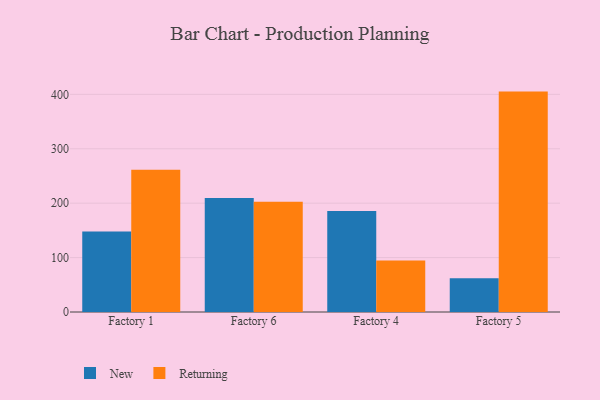
{"axis": {"x": "Factory", "y": "Population (Million)"}, "legend": ["New", "Returning"], "data": [{"x": "Factory 1", "y": 148.0, "type": "New"}, {"x": "Factory 1", "y": 261.3, "type": "Returning"}, {"x": "Factory 6", "y": 209.7, "type": "New"}, {"x": "Factory 6", "y": 202.7, "type": "Returning"}, {"x": "Factory 4", "y": 185.6, "type": "New"}, {"x": "Factory 4", "y": 94.8, "type": "Returning"}, {"x": "Factory 5", "y": 62.1, "type": "New"}, {"x": "Factory 5", "y": 405.1, "type": "Returning"}]}